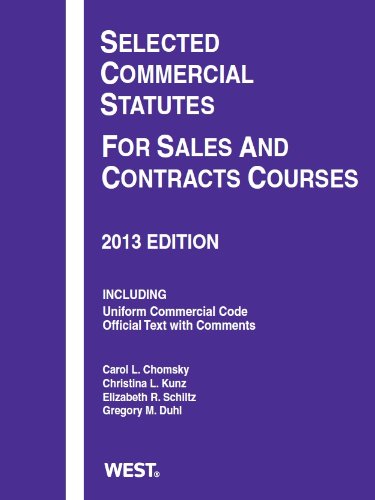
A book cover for Selected Commercial Statutes For Sales and Contracts Courses, 2013 (Selected Statutes); Carol Chomsky; Law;